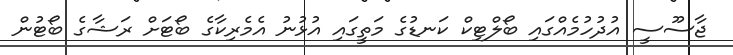
ޖާސޫސީ އުދުހުމެއްގައި ބޯލްޓިކް ކަނޑުގެ މަތީގައި އުޅުނު އެމެރިކާގެ ބޯޓަށް ރަޝާގެ ބޯޓުން